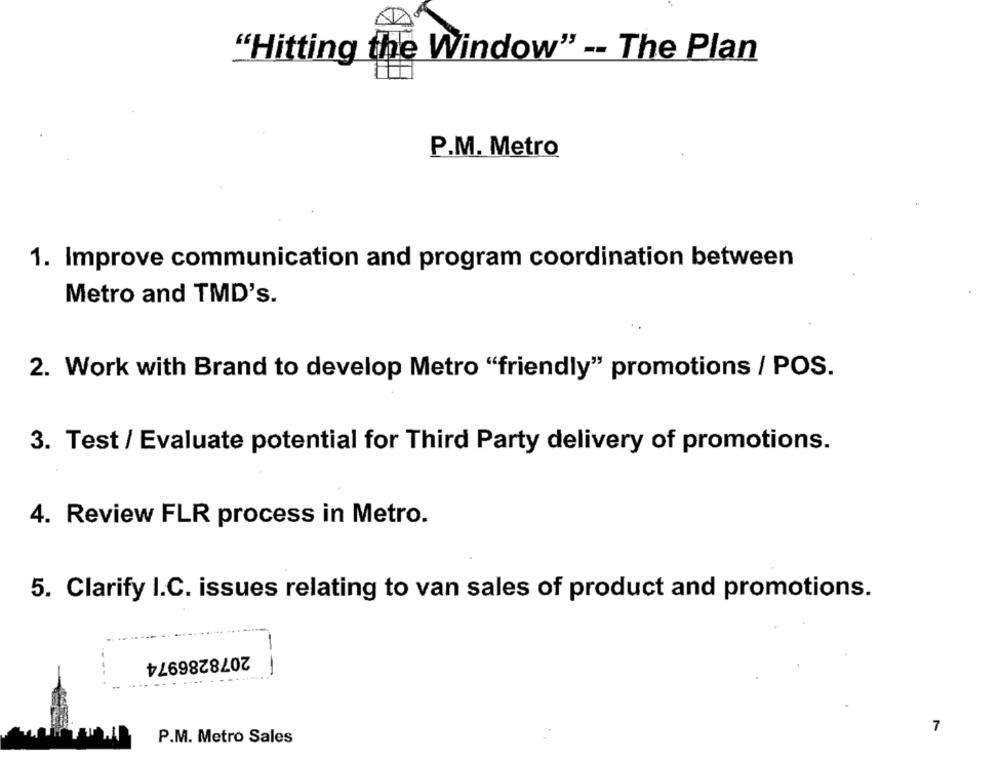
"Hitting the Window" -- The Plan
P.M. Metro
1. Improve communication and program coordination between
Metro and TMD's.
2. Work with Brand to develop Metro "friendly" promotions / POS.
3. Test / Evaluate potential for Third Party delivery of promotions.
4. Review FLR process in Metro.
5. Clarify I.C. issues relating to van sales of product and promotions.
2078286974
--
7
P.M. Metro Sales